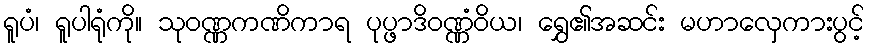
ရူပံ၊ ရူပါရုံကို။ သုဝဏ္ဏကဏိကာရ ပုပ္ဖာဒိဝဏ္ဏံဝိယ၊ ရွှေ၏အဆင်း မဟာလှေကားပွင့်